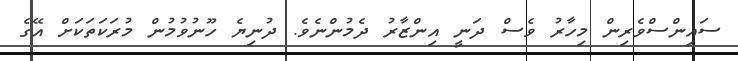
ސައިންސްވެރިން މިހާރު ވެސް ދަނީ އިންޒާރު ދެމުންނެވެ. ދުނިޔެ ހޫނުވުމުން މުރަކަތަކަށް އޭގެ